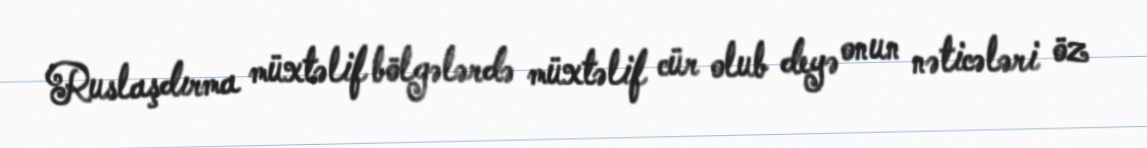
Ruslaşdırma müxtəlif bölgələrdə müxtəlif cür olub deyə onun nəticələri öz